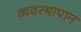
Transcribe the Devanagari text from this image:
व्यवस्थापान